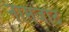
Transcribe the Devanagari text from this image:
नामजाद